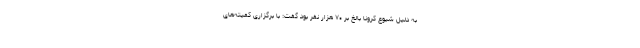
به دلیل شیوع کرونا بالغ بر ۷۰ هزار نفر بود گفت: با برگزاری کمیته‌های